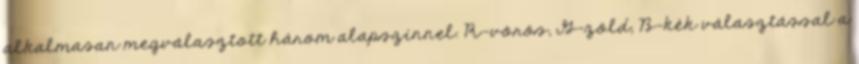
alkalmasan megválasztott három alapszínnel. R-vörös, G-zöld, B-kék választással a